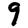
Digit: 9